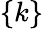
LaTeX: \{ k\}